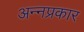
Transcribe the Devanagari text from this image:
अन्नप्रकार